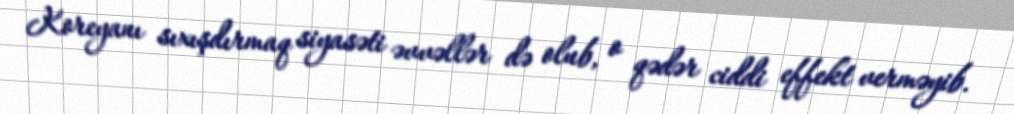
Koreyanı sıxışdırmaq siyasəti əvvəllər də olub, o qədər ciddi effekt verməyib.